Report on vaccination in the Province of Bengal - 1869-1873
Year: 1869
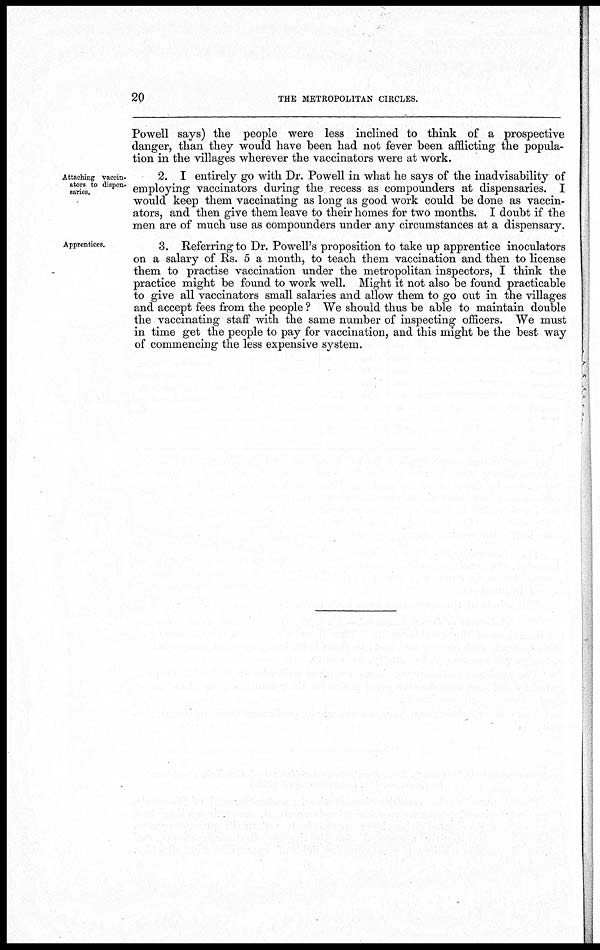
20
THE METROPOLITAN CIRCLES.
Powell says) the people were less inclined to think of a prospective
danger, than they would have been had not fever been afflicting the popula-
tion in the villages wherever the vaccinators were at work.
Attaching vaccin-
ators to dispen-
saries.
2. I entirely go with Dr. Powell in what he says of the inadvisability of
employing vaccinators during the recess as compounders at dispensaries. I
would keep them vaccinating as long as good work could be done as vaccin-
ators, and then give them leave to their homes for two months. I doubt if the
men are of much use as compounders under any circumstances at a dispensary.
Apprentices.
3. Referring to Dr. Powell's proposition to take up apprentice inoculators
on a salary of Rs. 5 a month, to teach them vaccination and then to license
them to practise vaccination under the metropolitan inspectors, I think the
practice might be found to work well. Might it not also be found practicable
to give all vaccinators small salaries and allow them to go out in the villages
and accept fees from the people ? We should thus be able to maintain double
the vaccinating staff with the same number of inspecting officers. We must
in time get the people to pay for vaccination, and this might be the best way
of commencing the less expensive system.